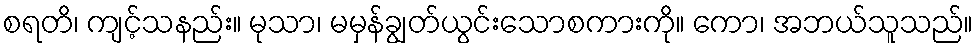
စရတိ၊ ကျင့်သနည်း။ မုသာ၊ မမှန်ချွတ်ယွင်းသောစကားကို။ ကော၊ အဘယ်သူသည်။